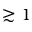
\gtrsim 1